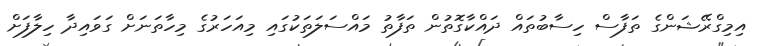
އިމިގްރޭޝަންގެ ތަފާސް ހިސާބުތައް ދައްކާގޮތުން ތަފާތު މައްސަލަތަކުގައި މިއަހަރުގެ މިހާތަނަށް ގަވައިދާ ހިލާފަށް